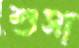
শুসা